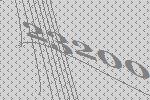
23200